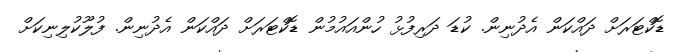
ޑޮކްޓަރަށް ދައްކަން އެދުނިން. ކުޑަ ދަރިފުޅު ހުންއައުމުން ޑޮކްޓަރަށް ދައްކަން އެދުނިން. ފުލޫކުލިނިކަށް